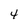
Character: 4